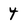
Character: 4